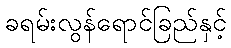
ခရမ်းလွန်ရောင်ခြည်နှင့်